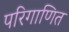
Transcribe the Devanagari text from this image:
परिगाणित